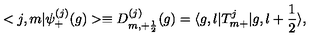
< j , m | { \psi } _ { + } ^ { ( j ) } ( g ) > \equiv D _ { m , + \frac { 1 } { 2 } } ^ { ( j ) } ( g ) = \langle g , l | T _ { m + } ^ { j } | g , l + \frac { 1 } { 2 } \rangle ,